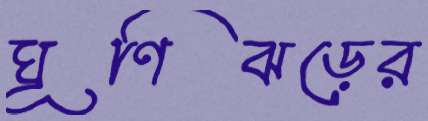
ঘূণিঝড়ের